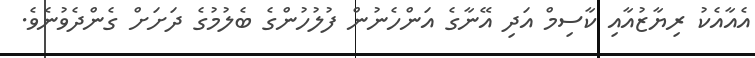
އެއާއެކު ރިޔާޒުއާއި ކާސިމް އަދި އޭނާގެ އަންހެނުން ފުލުހުންގެ ބެލުމުގެ ދަށަށް ގެންދެވުނެވެ.